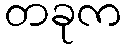
တခုက